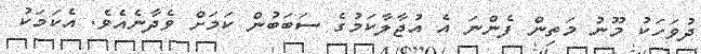
ދުވަހަކު މޫނު މަތިން ފެންނަ އެ އުޖާލާކަމުގެ ސަބަބުން ކަމަށް ވެދާނެއެވެ. އެކަމަކު